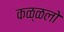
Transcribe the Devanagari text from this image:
कळ्ळलो